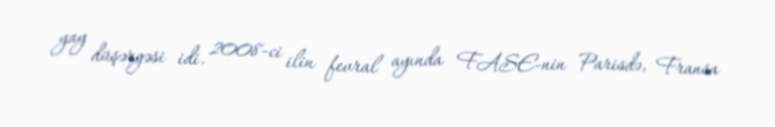
yay düşərgəsi idi. 2008-ci ilin fevral ayında FASE-nin Parisdə, Fransa